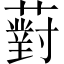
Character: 薱